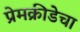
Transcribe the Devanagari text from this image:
प्रेमक्रीडेचा